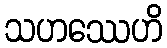
သဟဿေဟိ